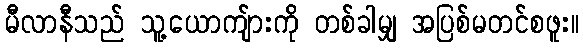
မီလာနီသည် သူ့ယောကျ်ားကို တစ်ခါမျှ အပြစ်မတင်စဖူး။